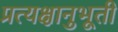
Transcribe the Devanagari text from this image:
प्रत्यक्षानुभूती